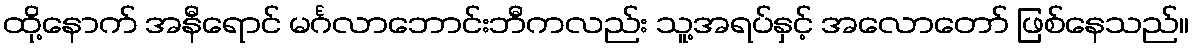
ထို့နောက် အနီရောင် မင်္ဂလာဘောင်းဘီကလည်း သူ့အရပ်နှင့် အလောတော် ဖြစ်နေသည်။